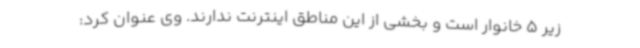
زیر 5 خانوار است و بخشی از این مناطق اینترنت ندارند. وی عنوان کرد: